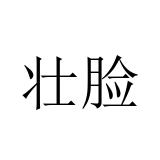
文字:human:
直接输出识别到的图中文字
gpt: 壮脸